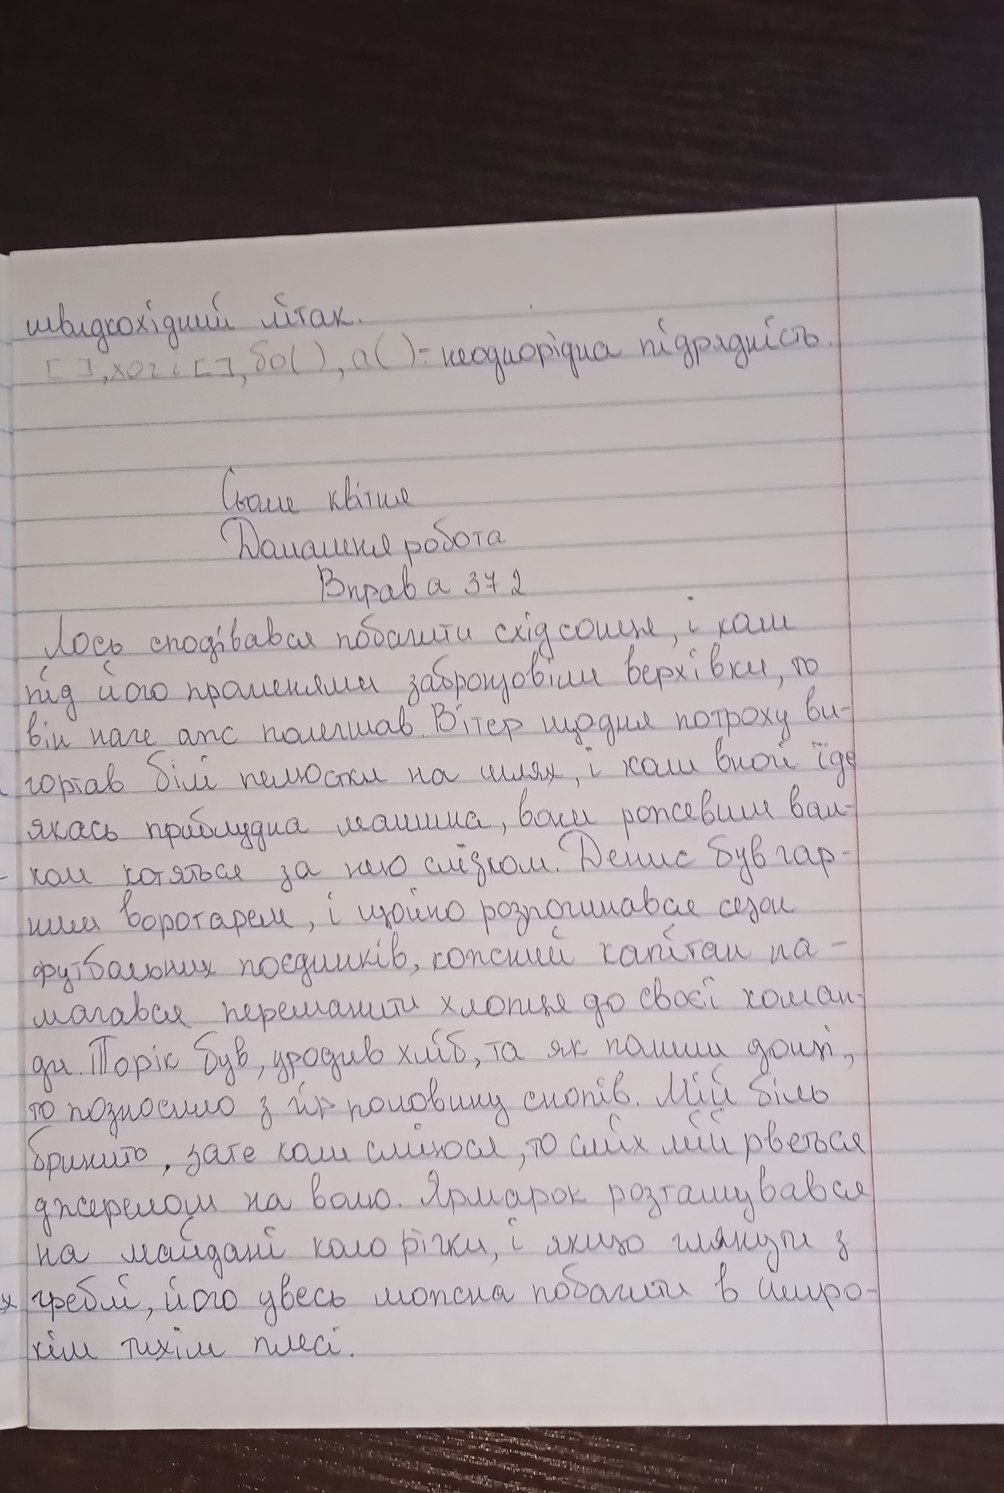
швидкохідний літак.
[], хоч і [], бо (), а () 0 неоднорідна підрядність.
Сьоме квітня
Домашня робота
Вправа 372
Лось сподівався побачити схід сонця, і коли
під його променями забронзовіли верхівки, то
він наче аж полегшав. Вітер щодня потроху ви-
вигортав білі пелюстки на шлях, і коли вночі їде
якась приблудна машина, вони рожевим вал-
ком котяться за нею слідком. Денис був гар-
ним воротарем, і щойно розпочинався сезон
футбольних поєдинків, кожний капітан на-
магався переманити хлопця до своєї команд-
ди. Торік був, уродив хліб, та як пішли дощі,
то позносило з гір половину снопів. Мій біль
бринить, зате коли сміюся, то сміх мій рветься
джерелом на волю. Ярмарок розташовувався
на майдані коло річки, і якщо глянути з
греблі, його увесь можна побачити в широ-
кім тихім плесі.